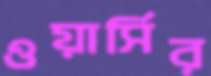
ওয়ার্সির